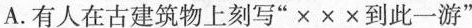
A.有人在古建筑物上刻写“X X X到此一游”